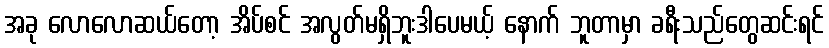
အခု လောလောဆယ်တော့ အိပ်စင် အလွတ်မရှိဘူးဒါပေမယ့် နောက် ဘူတာမှာ ခရီးသည်တွေဆင်းရင်